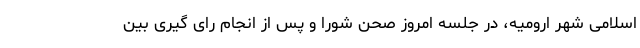
اسلامی شهر ارومیه، در جلسه امروز صحن شورا و پس از انجام رای گیری بین